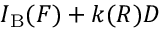
I _ { \mathrm { B } } ( F ) + k ( R ) D